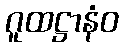
ဂူထဋ္ဌာနံဝ